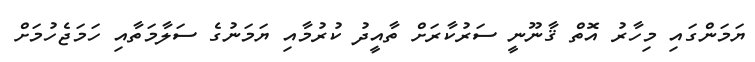
ޔަމަންގައި މިހާރު އޮތް ޤާނޫނީ ސަރުކާރަށް ތާއީދު ކުރުމާއި ޔަމަނުގެ ސަލާމަތާއި ހަމަޖެހުމަށް